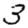
Digit: 3